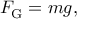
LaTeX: F _ { \mathrm { G } } = m g ,